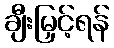
ချီးမြှင့်ရန်